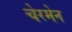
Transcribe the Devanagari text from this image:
चेरमेन